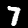
Label: 7